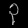
Digit: ၃